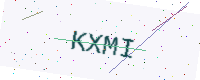
Text: KXMI